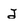
Character: j